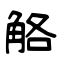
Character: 觡